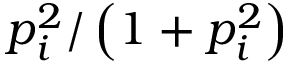
p _ { i } ^ { 2 } / \left( 1 + p _ { i } ^ { 2 } \right)